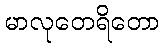
မာလုတေရိတော